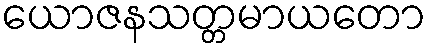
ယောဇနသတ္တမာယတော